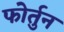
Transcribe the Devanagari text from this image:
फोर्तुन